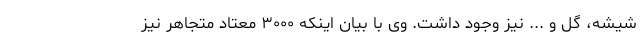
شیشه، گل و ... نیز وجود داشت. وی با بیان اینکه ۳۰۰۰ معتاد متجاهر نیز